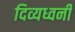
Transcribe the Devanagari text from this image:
दिव्यध्वनी